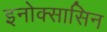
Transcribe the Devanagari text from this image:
इनोक्सासिन